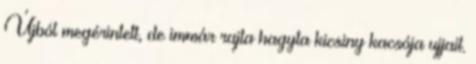
Újból megérintett, de immár rajta hagyta kicsiny kacsója ujjait.